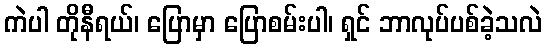
ကဲပါ တိုနီရယ်၊ ပြောမှာ ပြောစမ်းပါ၊ ရှင် ဘာလုပ်ပစ်ခဲ့သလဲ